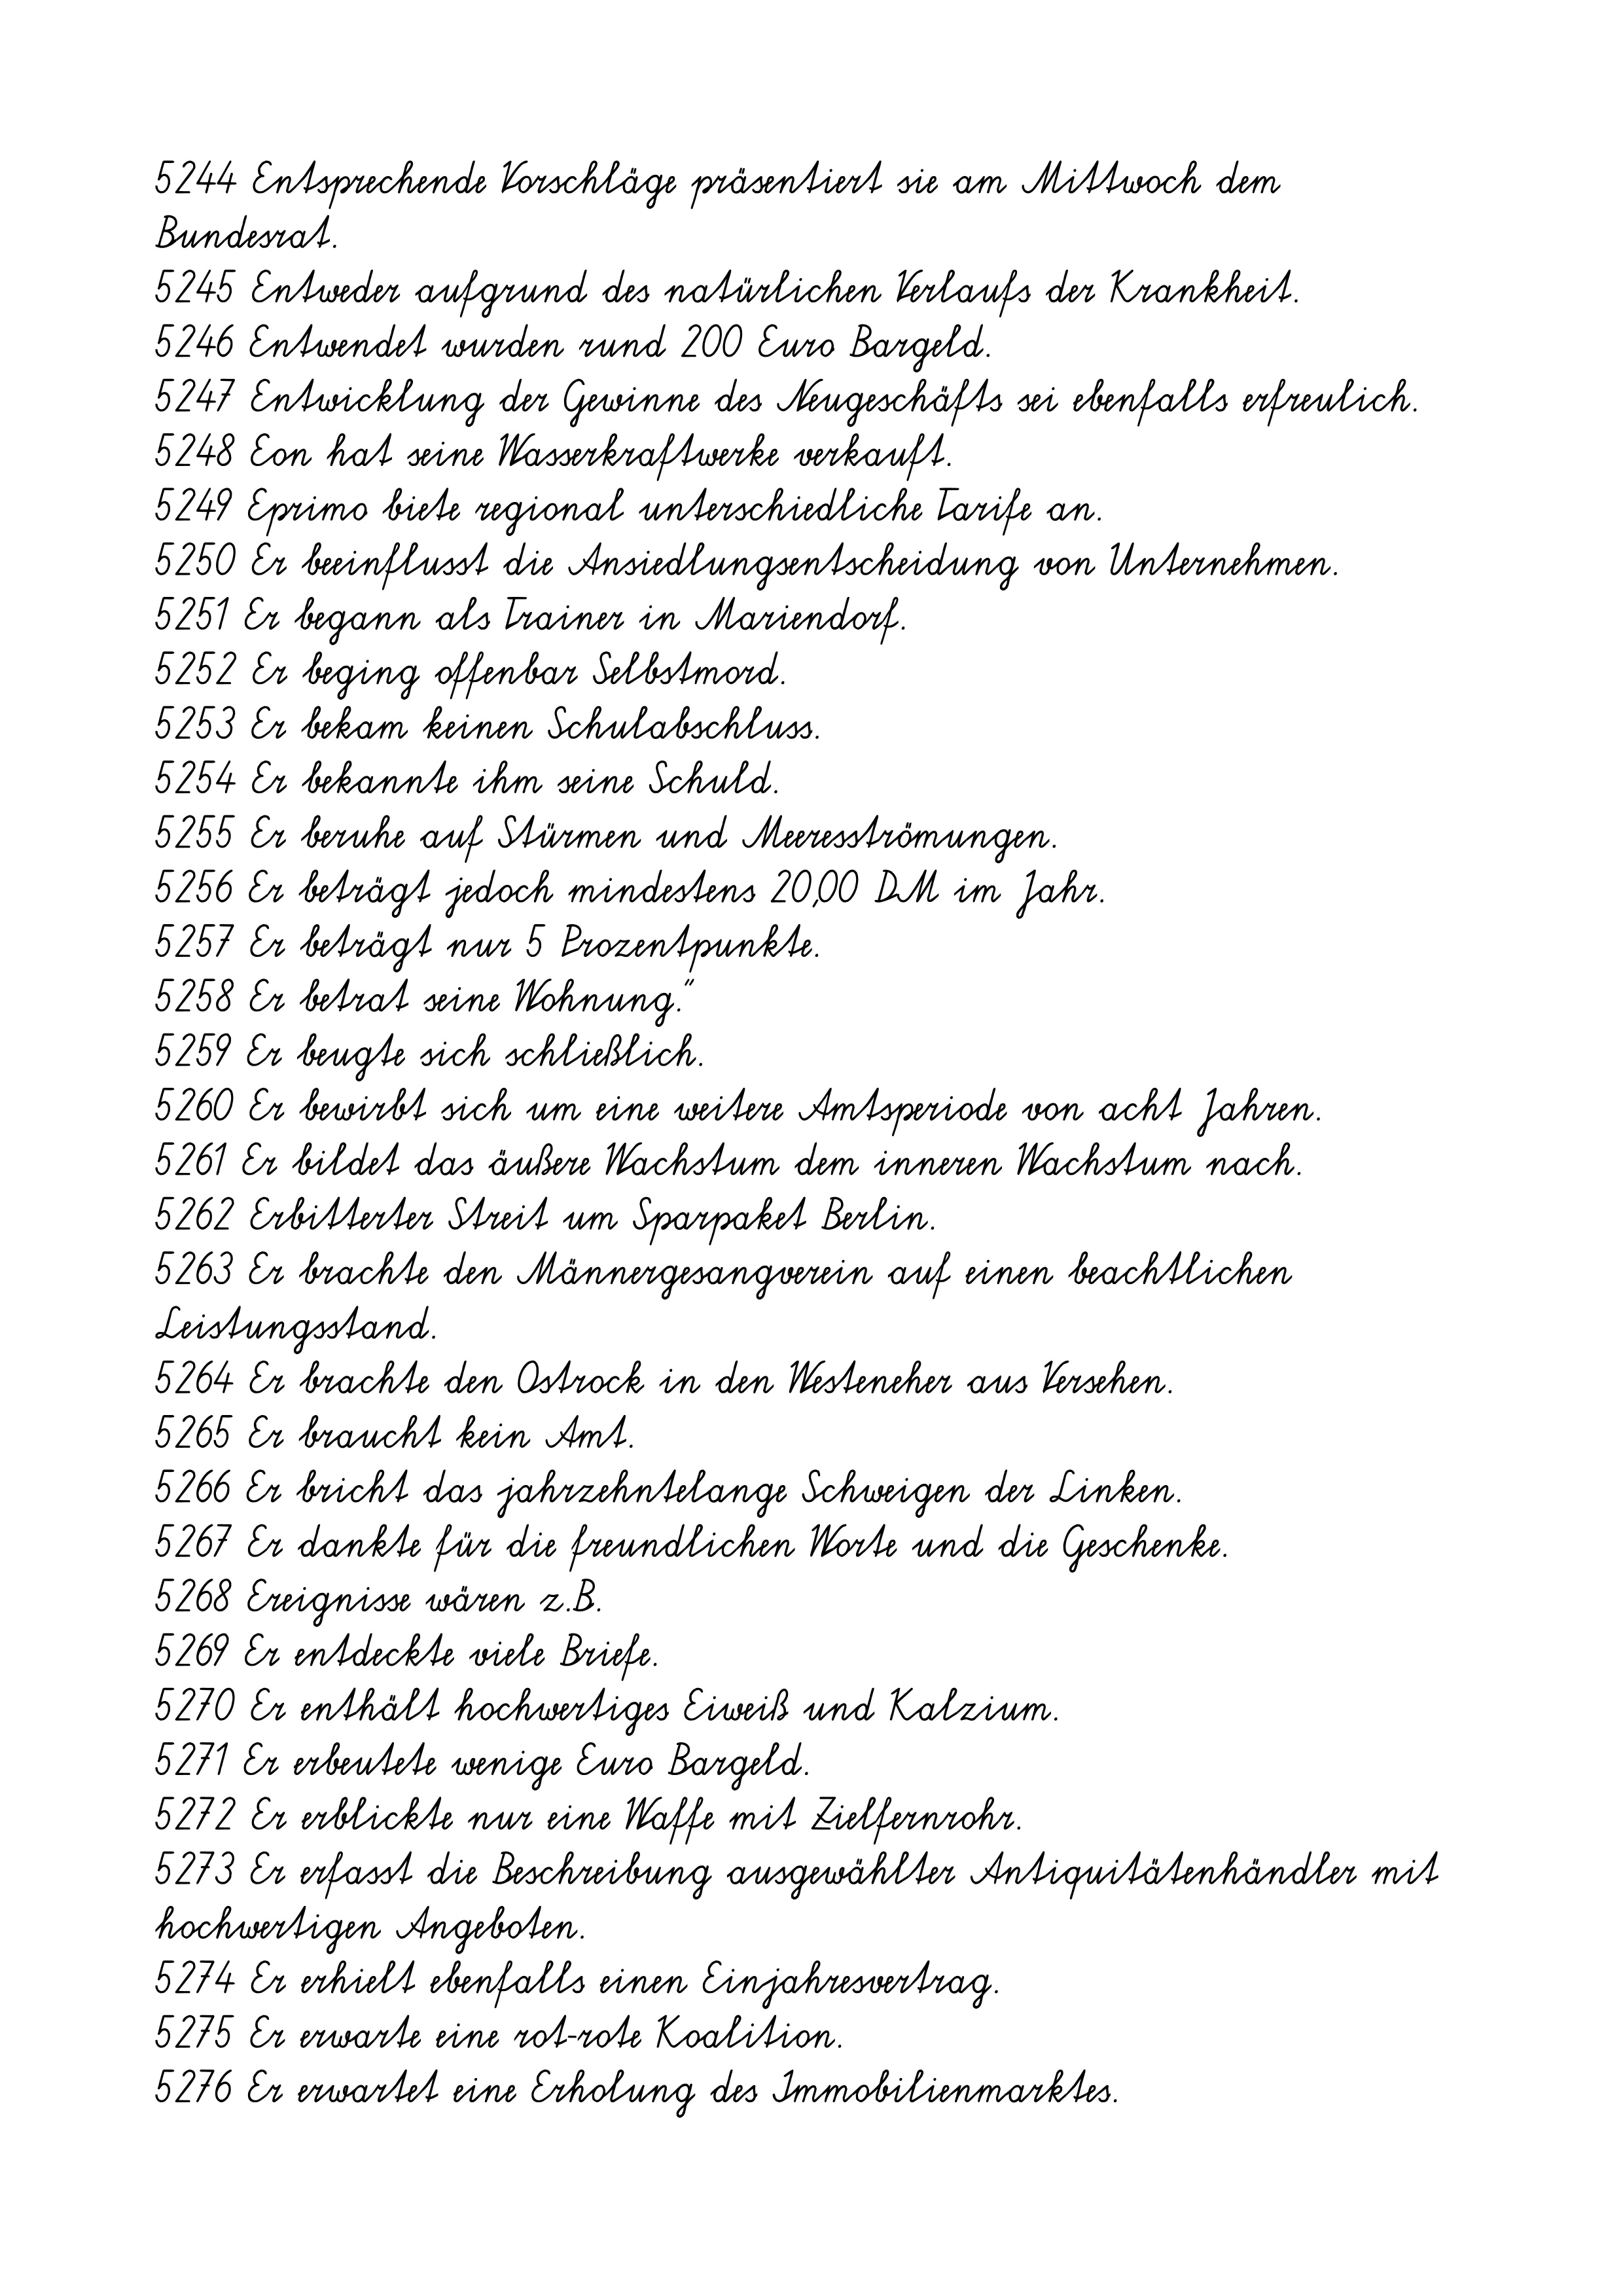
5244 Entsprechende Vorschläge präsentiert sie am Mittwoch dem
Bundesrat.
5245 Entweder aufgrund des natürlichen Verlaufs der Krankheit.
5246 Entwendet wurden rund 200 Euro Bargeld.
5247 Entwicklung der Gewinne des Neugeschäfts sei ebenfalls erfreulich.
5248 Eon hat seine Wasserkraftwerke verkauft.
5249 Eprimo biete regional unterschiedliche Tarife an.
5250 Er beeinflusst die Ansiedlungsentscheidung von Unternehmen.
5251 Er begann als Trainer in Mariendorf.
5252 Er beging offenbar Selbstmord.
5253 Er bekam keinen Schulabschluss.
5254 Er bekannte ihm seine Schuld.
5255 Er beruhe auf Stürmen und Meeresströmungen.
5256 Er beträgt jedoch mindestens 20,00 DM im Jahr.
5257 Er beträgt nur 5 Prozentpunkte.
5258 Er betrat seine Wohnung."
5259 Er beugte sich schließlich.
5260 Er bewirbt sich um eine weitere Amtsperiode von acht Jahren.
5261 Er bildet das äußere Wachstum dem inneren Wachstum nach.
5262 Erbitterter Streit um Sparpaket Berlin.
5263 Er brachte den Männergesangverein auf einen beachtlichen
Leistungsstand.
5264 Er brachte den Ostrock in den Westeneher aus Versehen.
5265 Er braucht kein Amt.
5266 Er bricht das jahrzehntelange Schweigen der Linken.
5267 Er dankte für die freundlichen Worte und die Geschenke.
5268 Ereignisse wären z.B.
5269 Er entdeckte viele Briefe.
5270 Er enthält hochwertiges Eiweiß und Kalzium.
5271 Er erbeutete wenige Euro Bargeld.
5272 Er erblickte nur eine Waffe mit Zielfernrohr.
5273 Er erfasst die Beschreibung ausgewählter Antiquitätenhändler mit
hochwertigen Angeboten.
5274 Er erhielt ebenfalls einen Einjahresvertrag.
5275 Er erwarte eine rot-rote Koalition.
5276 Er erwartet eine Erholung des Immobilienmarktes.